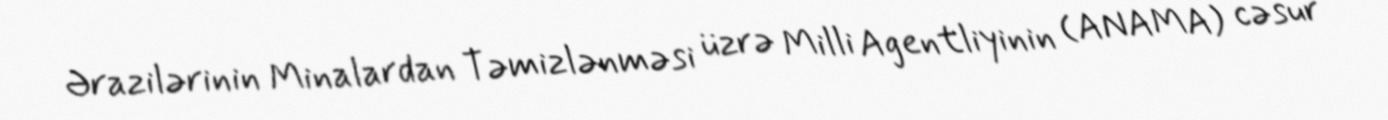
Ərazilərinin Minalardan Təmizlənməsi üzrə Milli Agentliyinin (ANAMA) cəsur